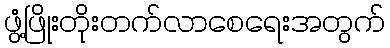
ဖွံ့ဖြိုးတိုးတက်လာစေရေးအတွက်